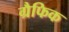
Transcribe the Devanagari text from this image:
ग्रैफिक